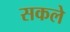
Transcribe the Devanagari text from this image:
सकले